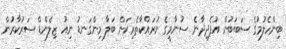
ބިންހެލުމުގެ ސަބަބުން އުފެދިދާނެ ސުނާމީގެ ނުރައްކާތެރިކަން ބަލާ މިންގަނޑު ނިއު ޒިލެންޑް ސަރުކާރުން